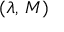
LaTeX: ( \lambda , \, M )